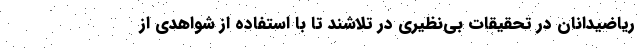
ریاضیدانان در تحقیقات بی‌نظیری در تلاشند تا با استفاده از شواهدی از